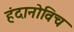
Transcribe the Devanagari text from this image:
हंदानोविच